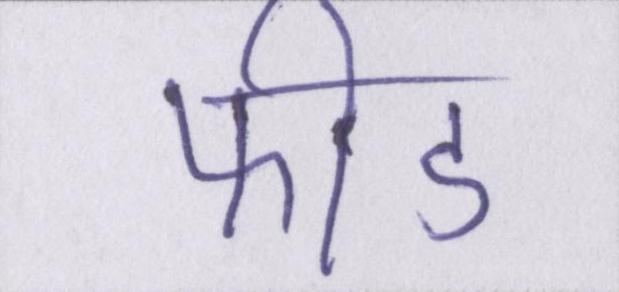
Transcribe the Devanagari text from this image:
फीड